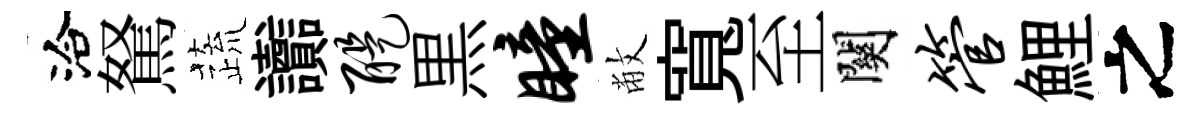
洽駑蔬讟醍黒瞳敝寬至關管鯉之